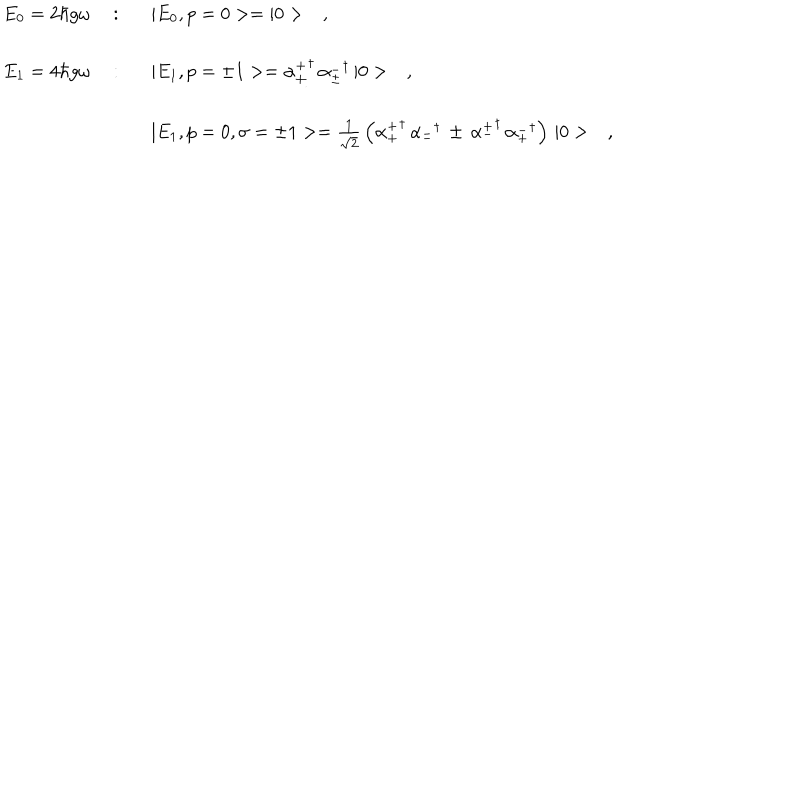
LaTeX: \begin{array} { r c l } { { E _ { 0 } = 2 \hbar g \omega \ } } & { { : } } & { { \ \ \ | E _ { 0 } , p = 0 > = | 0 > \ \ \ , } } \\ { { E _ { 1 } = 4 \hbar g \omega \ } } & { { : } } & { { \ \ \ | E _ { 1 } , p = \pm 1 > = { \alpha _ { \pm } ^ { + } } ^ { \dagger } \, { \alpha _ { \pm } ^ { - } } ^ { \dagger } \, | 0 > \ \ \ , } } \\ { { } } & { { } } & { { \ \ \ | E _ { 1 } , p = 0 , \sigma = \pm 1 > = \frac { 1 } { \sqrt { 2 } } \, \left( { \alpha _ { + } ^ { + } } ^ { \dagger } \, { \alpha _ { - } ^ { - } } ^ { \dagger } \, \pm \, { \alpha _ { - } ^ { + } } ^ { \dagger } \, { \alpha _ { + } ^ { - } } ^ { \dagger } \right) \, | 0 > \ \ \ , } } \\ \end{array}